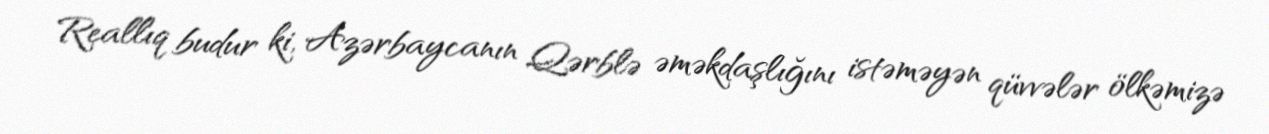
Reallıq budur ki, Azərbaycanın Qərblə əməkdaşlığını istəməyən qüvvələr ölkəmizə